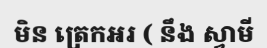
មិន ត្រេកអរ ( នឹង ស្វាមី